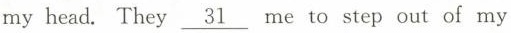
my head. They \underline{ 31} me to step out of my